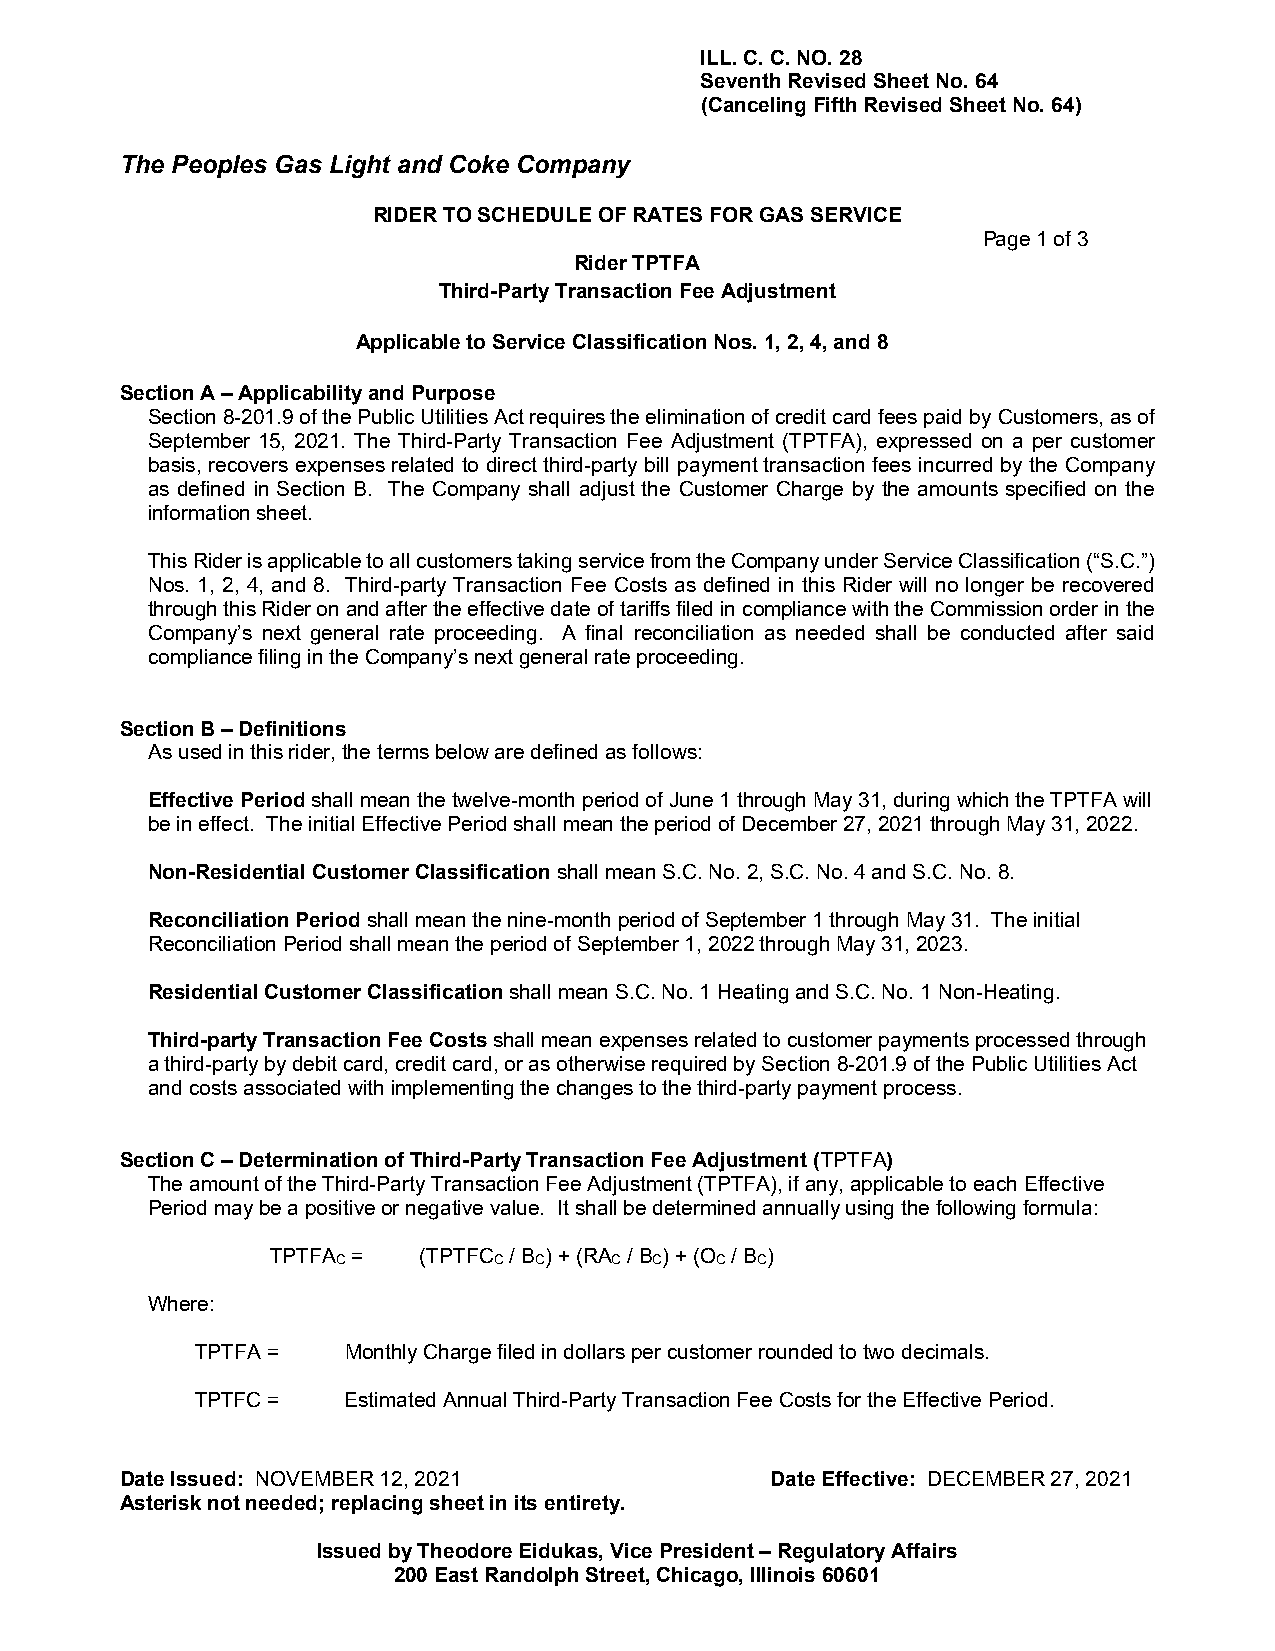
ILL. C. C. NO. 28
 Seventh Revised Sheet No. 64
 (Canceling Fifth Revised Sheet No. 64)
 The Peoples Gas Light and Coke Company
 RIDER TO SCHEDULE OF RATES FOR GAS SERVICE
 Page 1 of 3
 Rider TPTFA
 Third-Party Transaction Fee Adjustment
 Applicable to Service Classification Nos. 1, 2, 4, and 8
 Section A – Applicability and Purpose
 Section 8-201.9 of the Public Utilities Act requires the elimination of credit card fees paid by Customers, as of
 September 15, 2021. The Third-Party Transaction Fee Adjustment (TPTFA), expressed on a per customer
 basis, recovers expenses related to direct third-party bill payment transaction fees incurred by the Company
 as defined in Section B. The Company shall adjust the Customer Charge by the amounts specified on the
 information sheet.
 This Rider is applicable to all customers taking service from the Company under Service Classification (“S.C.”)
 Nos. 1, 2, 4, and 8. Third-party Transaction Fee Costs as defined in this Rider will no longer be recovered
 through this Rider on and after the effective date of tariffs filed in compliance with the Commission order in the
 Company’s next general rate proceeding. A final reconciliation as needed shall be conducted after said
 compliance filing in the Company’s next general rate proceeding.
 Section B – Definitions
 As used in this rider, the terms below are defined as follows:
 Effective Period shall mean the twelve-month period of June 1 through May 31, during which the TPTFA will
 be in effect. The initial Effective Period shall mean the period of December 27, 2021 through May 31, 2022.
 Non-Residential Customer Classification shall mean S.C. No. 2, S.C. No. 4 and S.C. No. 8.
 Reconciliation Period shall mean the nine-month period of September 1 through May 31. The initial
 Reconciliation Period shall mean the period of September 1, 2022 through May 31, 2023.
 Residential Customer Classification shall mean S.C. No. 1 Heating and S.C. No. 1 Non-Heating.
 Third-party Transaction Fee Costs shall mean expenses related to customer payments processed through
 a third-party by debit card, credit card, or as otherwise required by Section 8-201.9 of the Public Utilities Act
 and costs associated with implementing the changes to the third-party payment process.
 Section C – Determination of Third-Party Transaction Fee Adjustment (TPTFA)
 The amount of the Third-Party Transaction Fee Adjustment (TPTFA), if any, applicable to each Effective
 Period may be a positive or negative value. It shall be determined annually using the following formula:
 TPTFA =   (TPTFC / B ) + (RA / B ) + (O / B )
 C          C C    C  C   C  C
 Where:
 TPTFA =   Monthly Charge filed in dollars per customer rounded to two decimals.
 TPTFC =   Estimated Annual Third-Party Transaction Fee Costs for the Effective Period.
 Date Issued: NOVEMBER 12, 2021             Date Effective: DECEMBER 27, 2021
 Asterisk not needed; replacing sheet in its entirety.
 Issued by Theodore Eidukas, Vice President – Regulatory Affairs
 200 East Randolph Street, Chicago, Illinois 60601